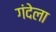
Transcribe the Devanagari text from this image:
गंदेला